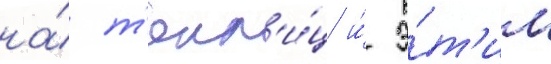
на́ т'епл'и́ц и́ э́т'им